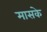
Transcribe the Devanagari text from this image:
मासके